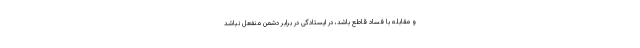
و مقابله با فساد قاطع باشد، در ایستادگی در برابر دشمن منفعل نباشد